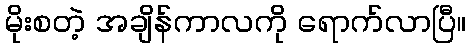
မိုးစတဲ့ အချိန်ကာလကို ရောက်လာပြီ။